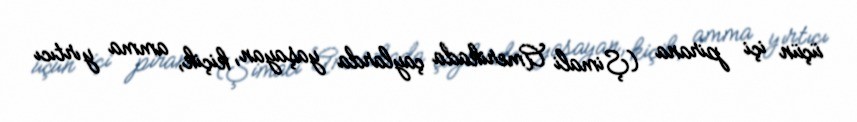
üçün içi pirana (Şimali Amerikada çaylarda yaşayan, kiçik, amma yırtıcı